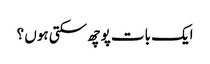
ایک بات پوچھ سکتی ہوں ؟